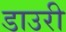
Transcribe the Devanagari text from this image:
डाउरी